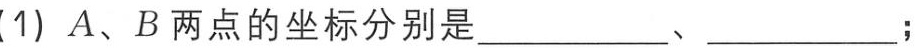
(1) \(A、B\)两点的坐标分别是__________、__________；